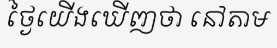
ថ្ងៃយើងឃើញថា នៅតាម